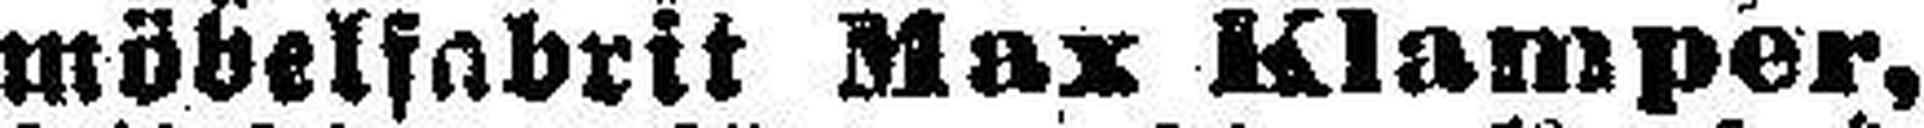
möbelfabrik Max Klamper,